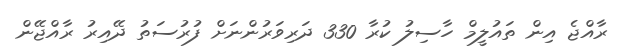
ރާއްޖެ އިން ތައުލީމް ހާސިލު ކުރާ 330 ދަރިވަރުންނަށް ފުރުސަތު ދޭއިރު ރާއްޖޭން